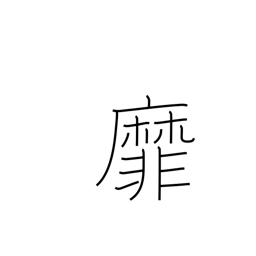
Meaning: wave